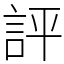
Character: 評